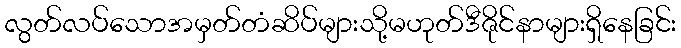
လွတ်လပ်သောအမှတ်တံဆိပ်များသို့မဟုတ်ဒီဇိုင်နာများရှိနေခြင်း